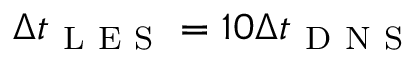
\Delta t _ { \mathrm { ~ L ~ E ~ S ~ } } = 1 0 \Delta t _ { \mathrm { ~ D ~ N ~ S ~ } }